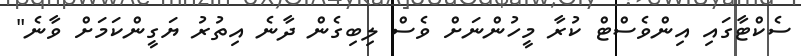
ސެކްޓާގައި އިންވެސްޓް ކުރާ މީހުންނަށް ވެސް ލިބިގެން ދާނެ އިތުރު ޔަގީންކަމަށް ވާނެ"